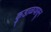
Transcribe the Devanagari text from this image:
कुडाळपासून